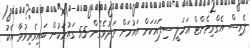
ޕެރިސް އެގްރިމެންޓް ޢަމަލީ ސިފައަކަށް އައުމަށް މަދުވެގެން 55 ގައުމަކުން ބައިވެރިވުމާ އެކު